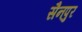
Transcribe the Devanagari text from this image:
सैनपुर